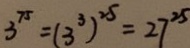
3 ^ { 7 5 } = ( 3 ^ { 3 } ) ^ { 2 5 } = 2 7 ^ { 2 5 }